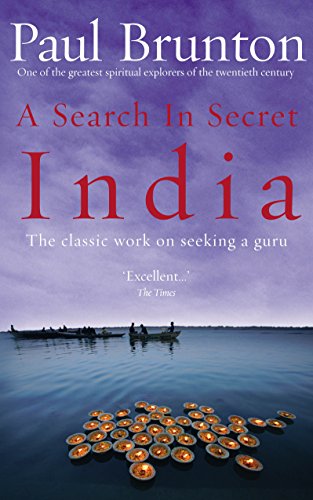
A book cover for A Search in Secret India; Paul Brunton; Travel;